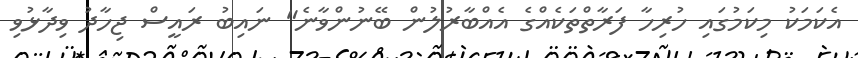
އެކަމަކު މިކަމުގައި ހުރިހާ ފަރާތްތަކެއްގެ އެއްބާރުލުން ބޭނުންވާނެ" ނައިބު ރައީސް ޖިހާދު ވިދާޅުވި